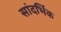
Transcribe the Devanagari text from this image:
सांदर्भिक